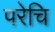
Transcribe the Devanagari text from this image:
परेचि